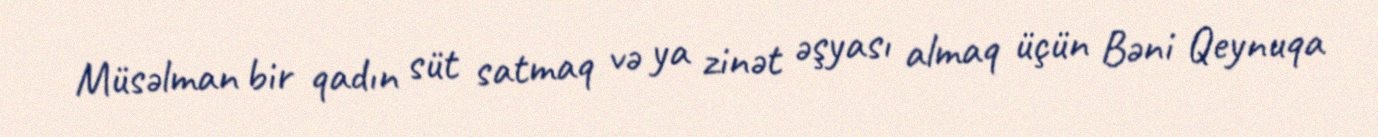
Müsəlman bir qadın süt satmaq və ya zinət əşyası almaq üçün Bəni Qeynuqa